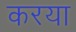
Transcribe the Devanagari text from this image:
करया